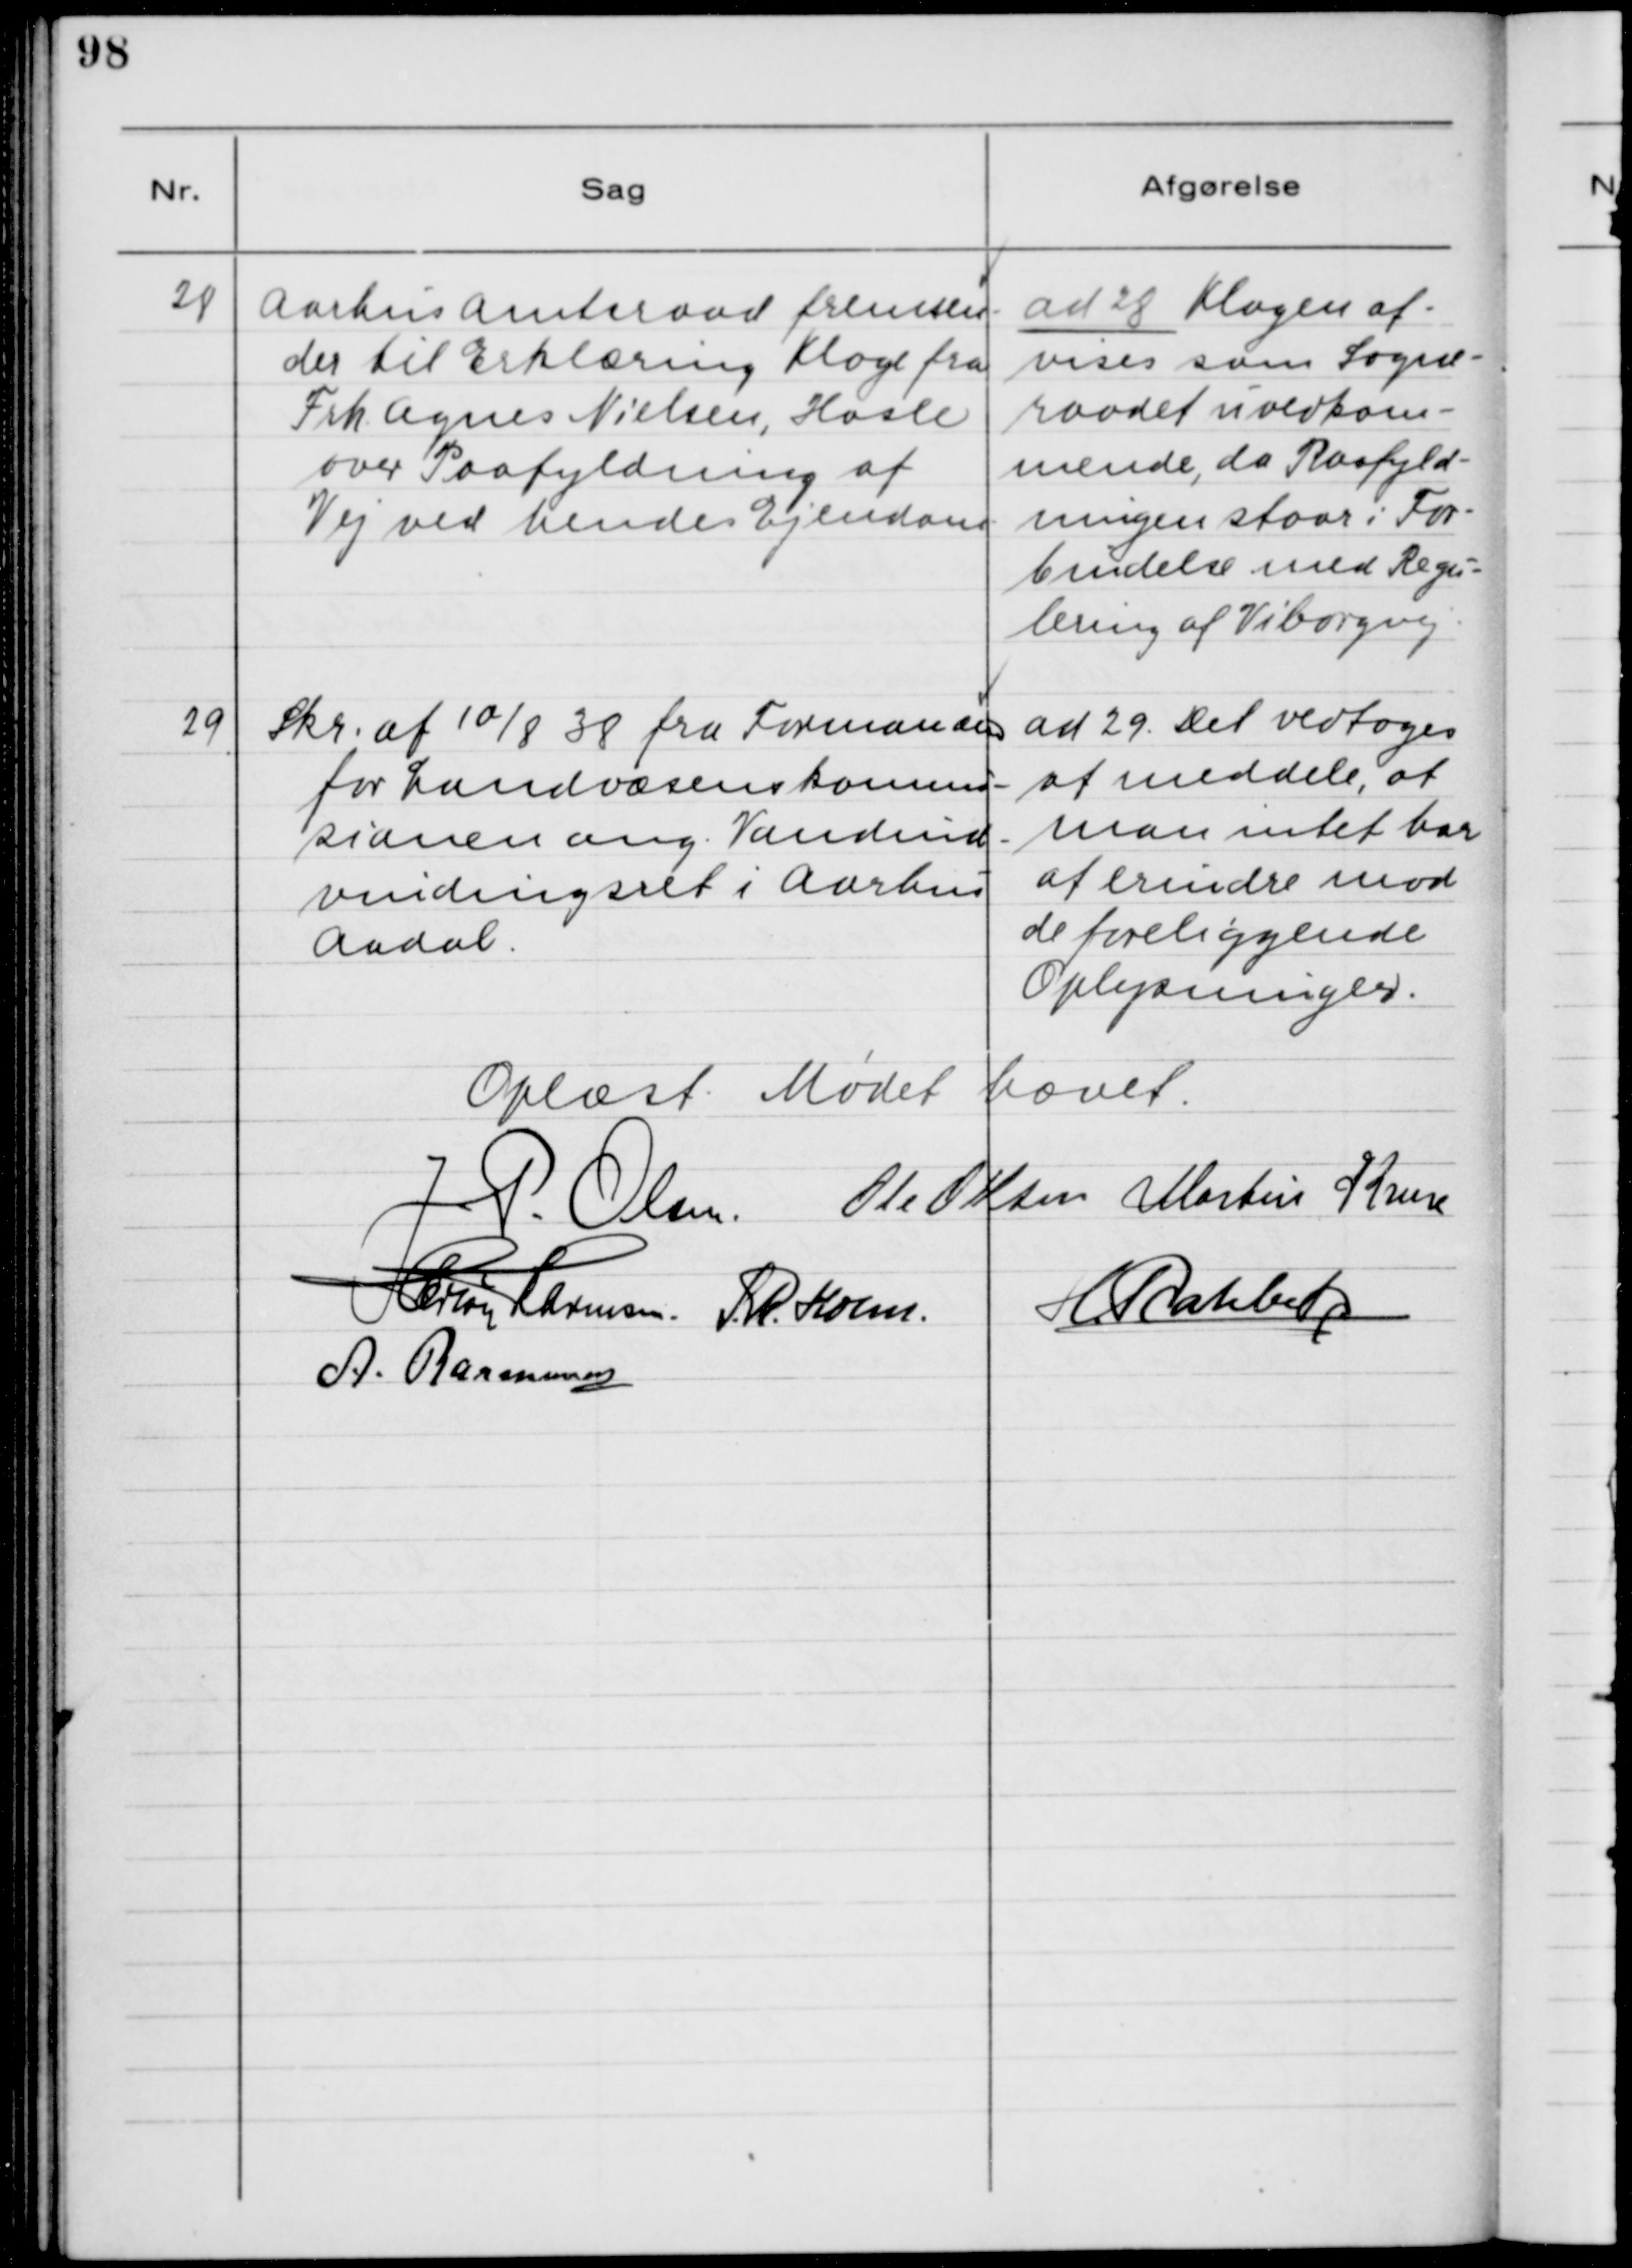
Transskription:
28 Aarhus Amtsraad fremsen-
der til Erklæring Klage fra
Frk. Agnes Nielsen, Hasle
over Paafyldning af
Vej ved hendes Ejendom.

ad 28 Klagen af-
vises som Sogne-
raadet uvedkom-
mende, da Paafyld-
ningen staar i For-
bindelse med Regu-
lering af Viborgvej.

29 Skr. af 10/8 38 fra Formanden
for Landvæsen kommi-
sionen ang. Vandud-
vindingsret i Aarhus
Aadal.

ad 29. Det vedtoges
at meddele, at
man intet har
at erindre mod
de foreliggende
Oplysninger.

Oplæst. Mødet hævet.